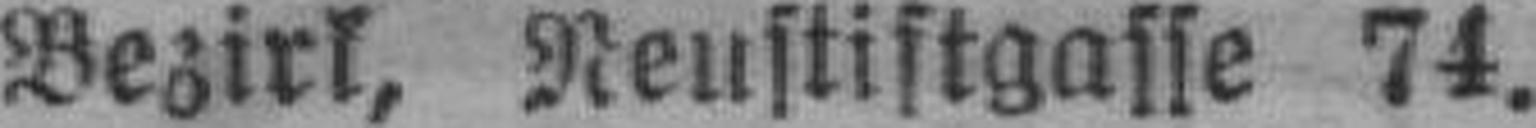
Bezirk, Neustiftgasse 74.